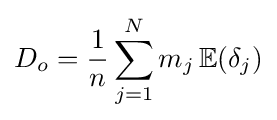
D_{o}={\frac {1}{n}}\sum _{j=1}^{N}m_{j}\,\mathbb {E} (\delta _{j})